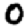
Digit: 0